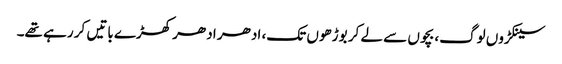
سینکڑوں لوگ، بچوں سے لے کر بوڑھوں تک، ادھر ادھر کھڑے باتیں کر رہے تھے۔